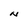
Character: N